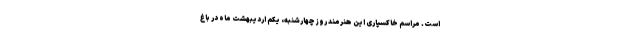
است. مراسم خاکسپاری این هنرمند روز چهارشنبه، یکم اردیبهشت ماه در باغ